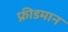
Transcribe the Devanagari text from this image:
फ्रीडमान